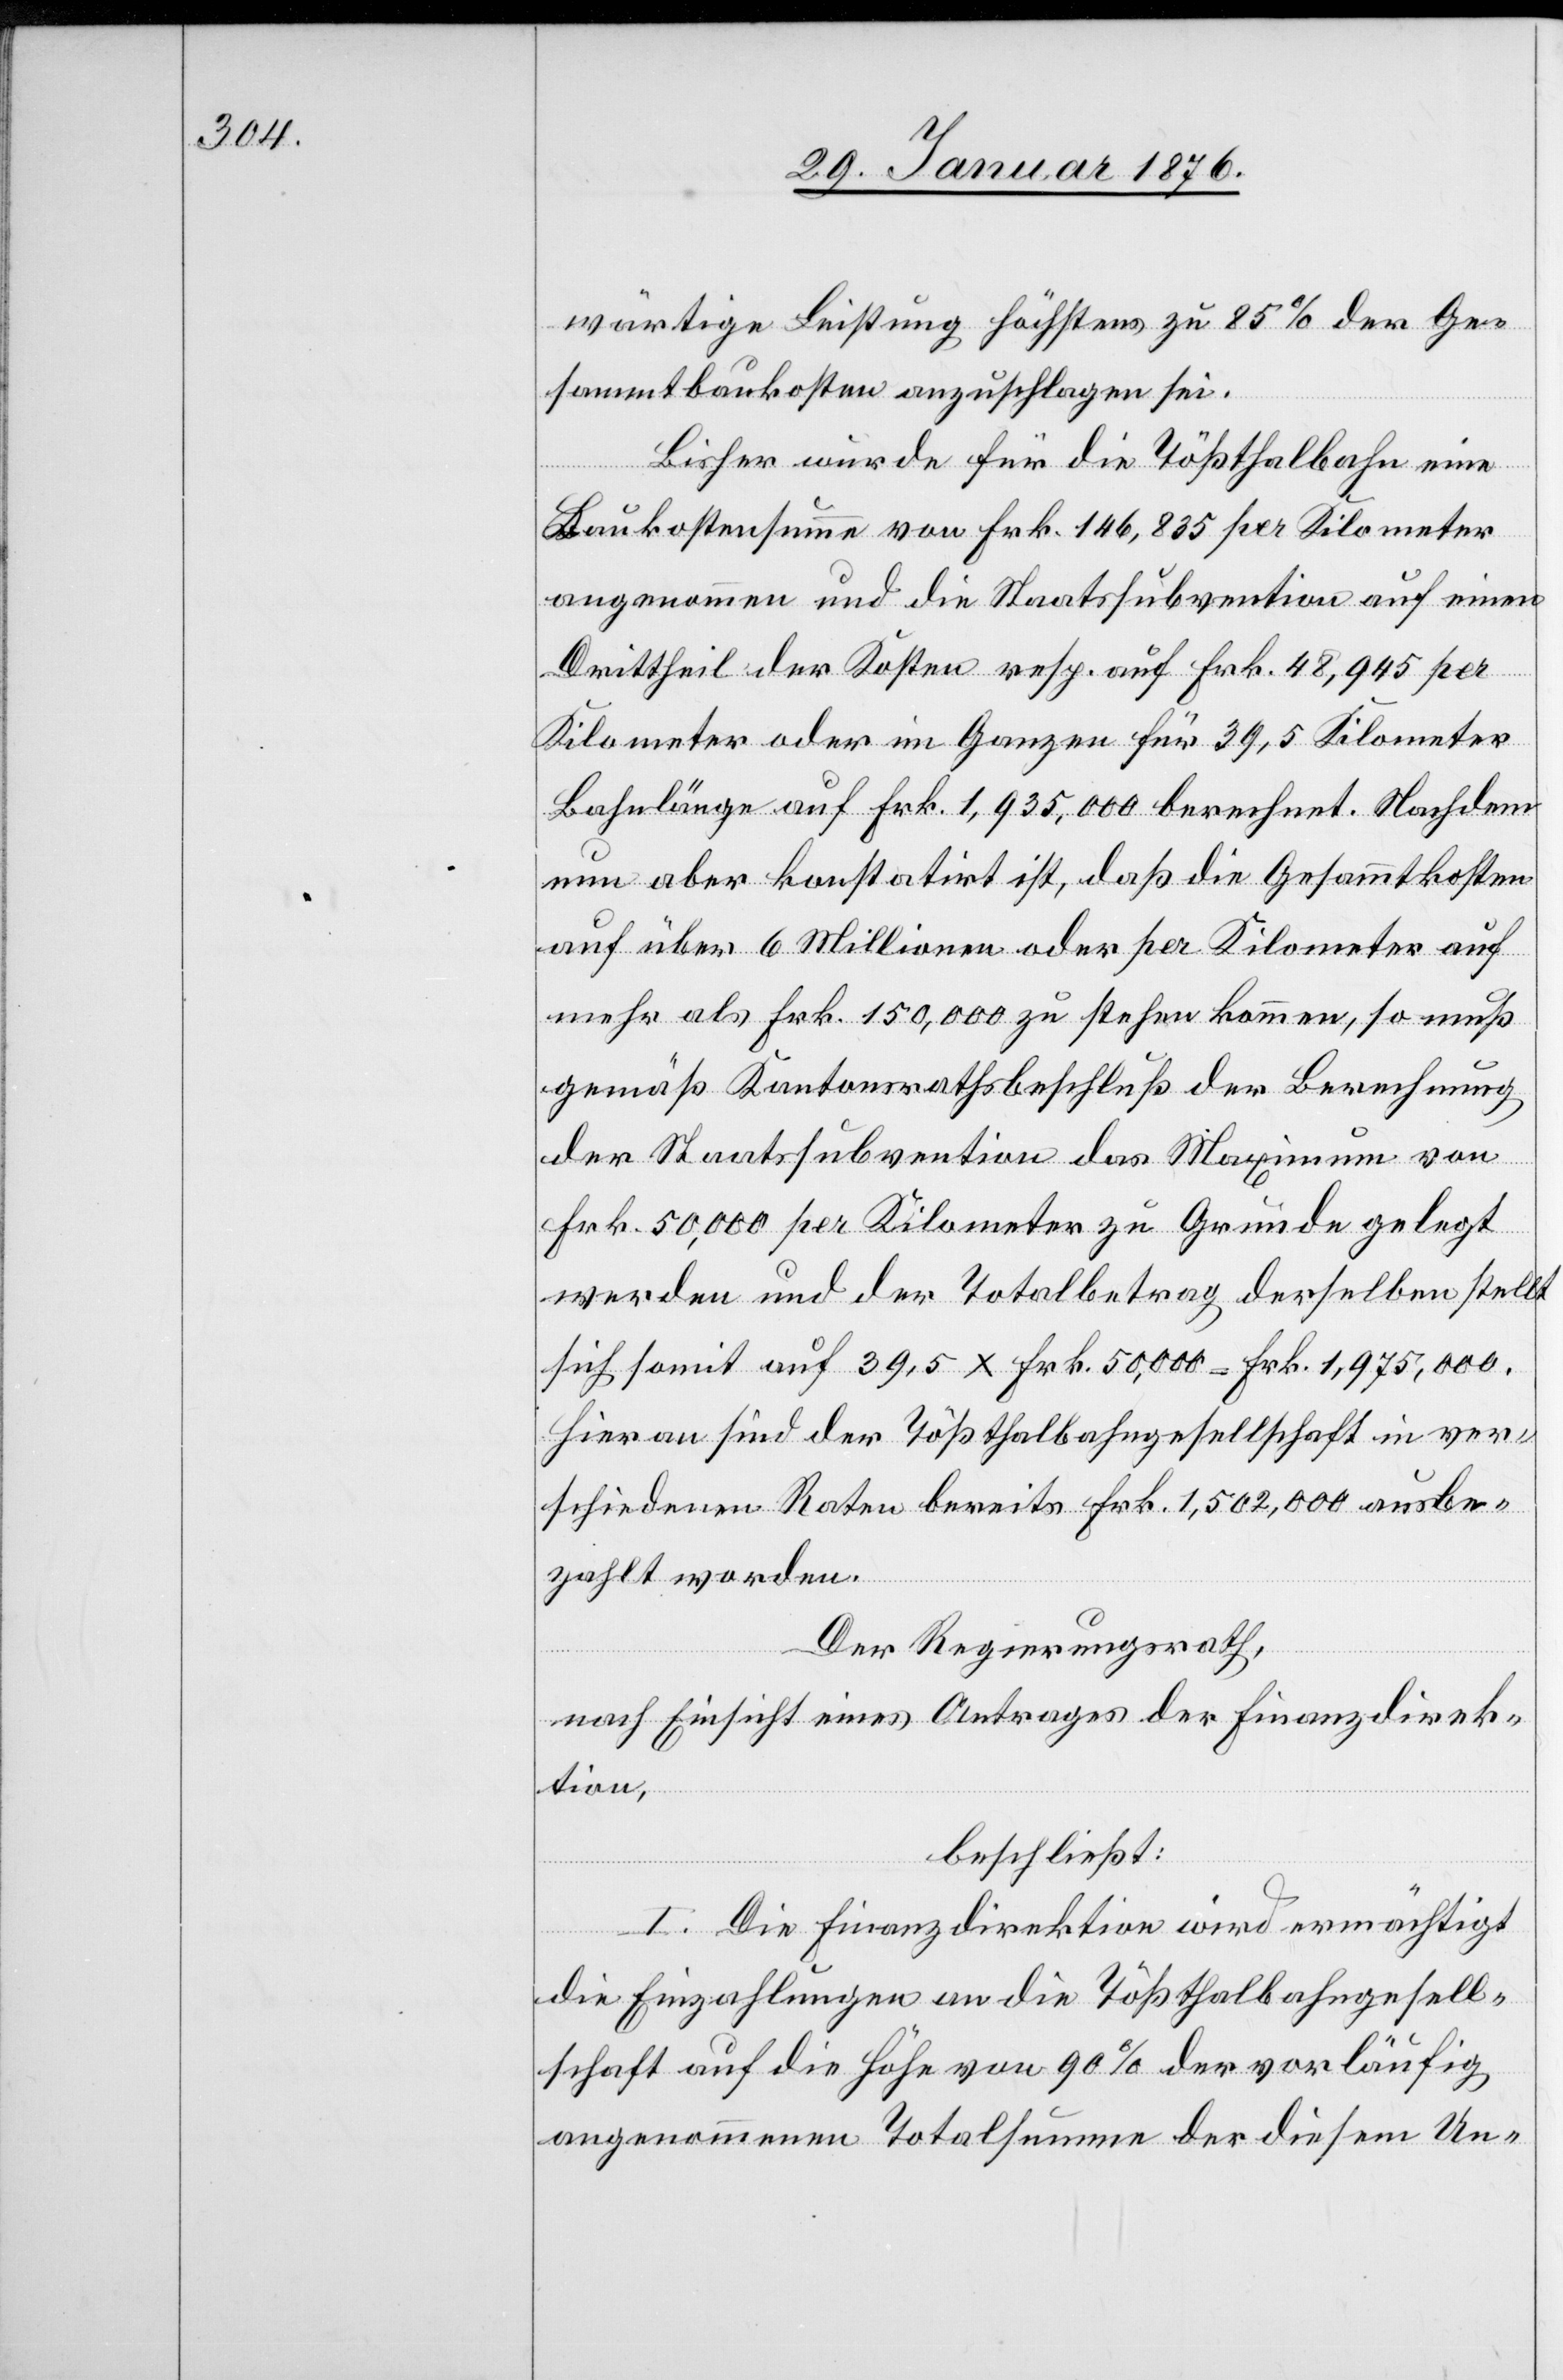
wärtige Leistung höchstens zu 85 % der Ge¬
sammtbaukosten anzuschlagen sei.
Bisher wurde für die Tößthalbahn eine
Baukostensumme von Frk. 146,835 per Kilometer
angenommen und die Staatssubvention auf einen
Drittheil der Kosten resp. auf Frk. 48,945 per
Kilometer oder im Ganzen für 39,5 Kilometer
Bahnlänge auf Frk. 1,935,000 berechnet. Nachdem
nun aber konstatirt ist, daß die Gesammtkosten
auf über 6 Millionen oder per Kilometer auf
mehr als Frk. 150,000 zu stehen kommen, so muß
gemäß Kantonsrathsbeschluß der Berechnung
der Staatssubvention das Maximum von
Frk. 50,000 per Kilometer zu Grunde gelegt
werden und der Totalbetrag derselben stellt
sich somit auf 39,5 x Frk. 50,000 = Frk. 1,975,000.
Hieran sind der Tößthalbahngesellschaft in ver¬
schiedenen Raten bereits Frk. 1,502,000 ausbe¬
zahlt worden.
Der Regierungsrath,
nach Einsicht eines Antrages der Fürsorgedirek¬
tion,
beschließt:
I. Die Finanzdirektion wird ermächtigt
die Einzahlungen an die Tößthalbahngesell¬
schaft auf die Höhe von 90 % der vorläufig
angenommenen Totalsumme der diesem Un-